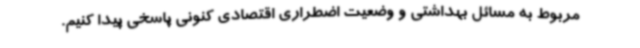
مربوط به مسائل بهداشتی و وضعیت اضطراری اقتصادی کنونی پاسخی پیدا کنیم.